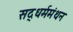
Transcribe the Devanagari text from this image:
सद्‌धर्ममंथन